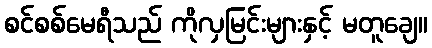
စင်စစ်မေရီသည် ကိုလှမြင်းများနှင့် မတူချေ။